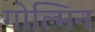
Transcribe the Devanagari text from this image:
गोल्मिन